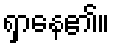
ရှာနေ၏။